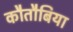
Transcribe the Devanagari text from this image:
कौतौबिया